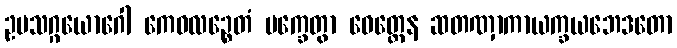
ဥပသဂ္ဂယောဂေါ ကေဝလဉ္စေတံ မက္ခေတွာ ဝေတ္တေန ဆတဏှာကာယက္ခယဘေဒတော